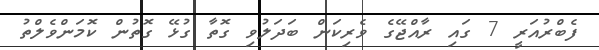
ފެބްރުއަރީ 7 ގައި ރާއްޖޭގެ ވެރިކަން ބަދަލުވި ގޮތާ ގުޅޭ ގޮތުން ކޮމަންވެލްތު